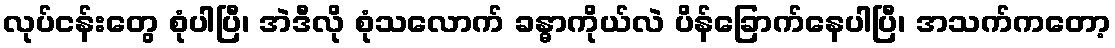
လုပ်ငန်းတွေ စုံပါပြီ၊ အဲဒီလို စုံသလောက် ခန္ဓာကိုယ်လဲ ပိန်ခြောက်နေပါပြီ၊ အသက်ကတော့